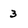
Character: 3